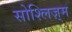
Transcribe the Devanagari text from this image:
सोश्लिज़्म